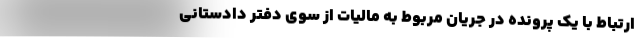
ارتباط با یک پرونده در جریان مربوط به مالیات از سوی دفتر دادستانی